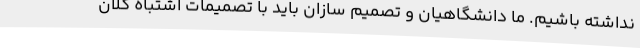
نداشته باشیم. ما دانشگاهیان و تصمیم سازان باید با تصمیمات اشتباه کلان